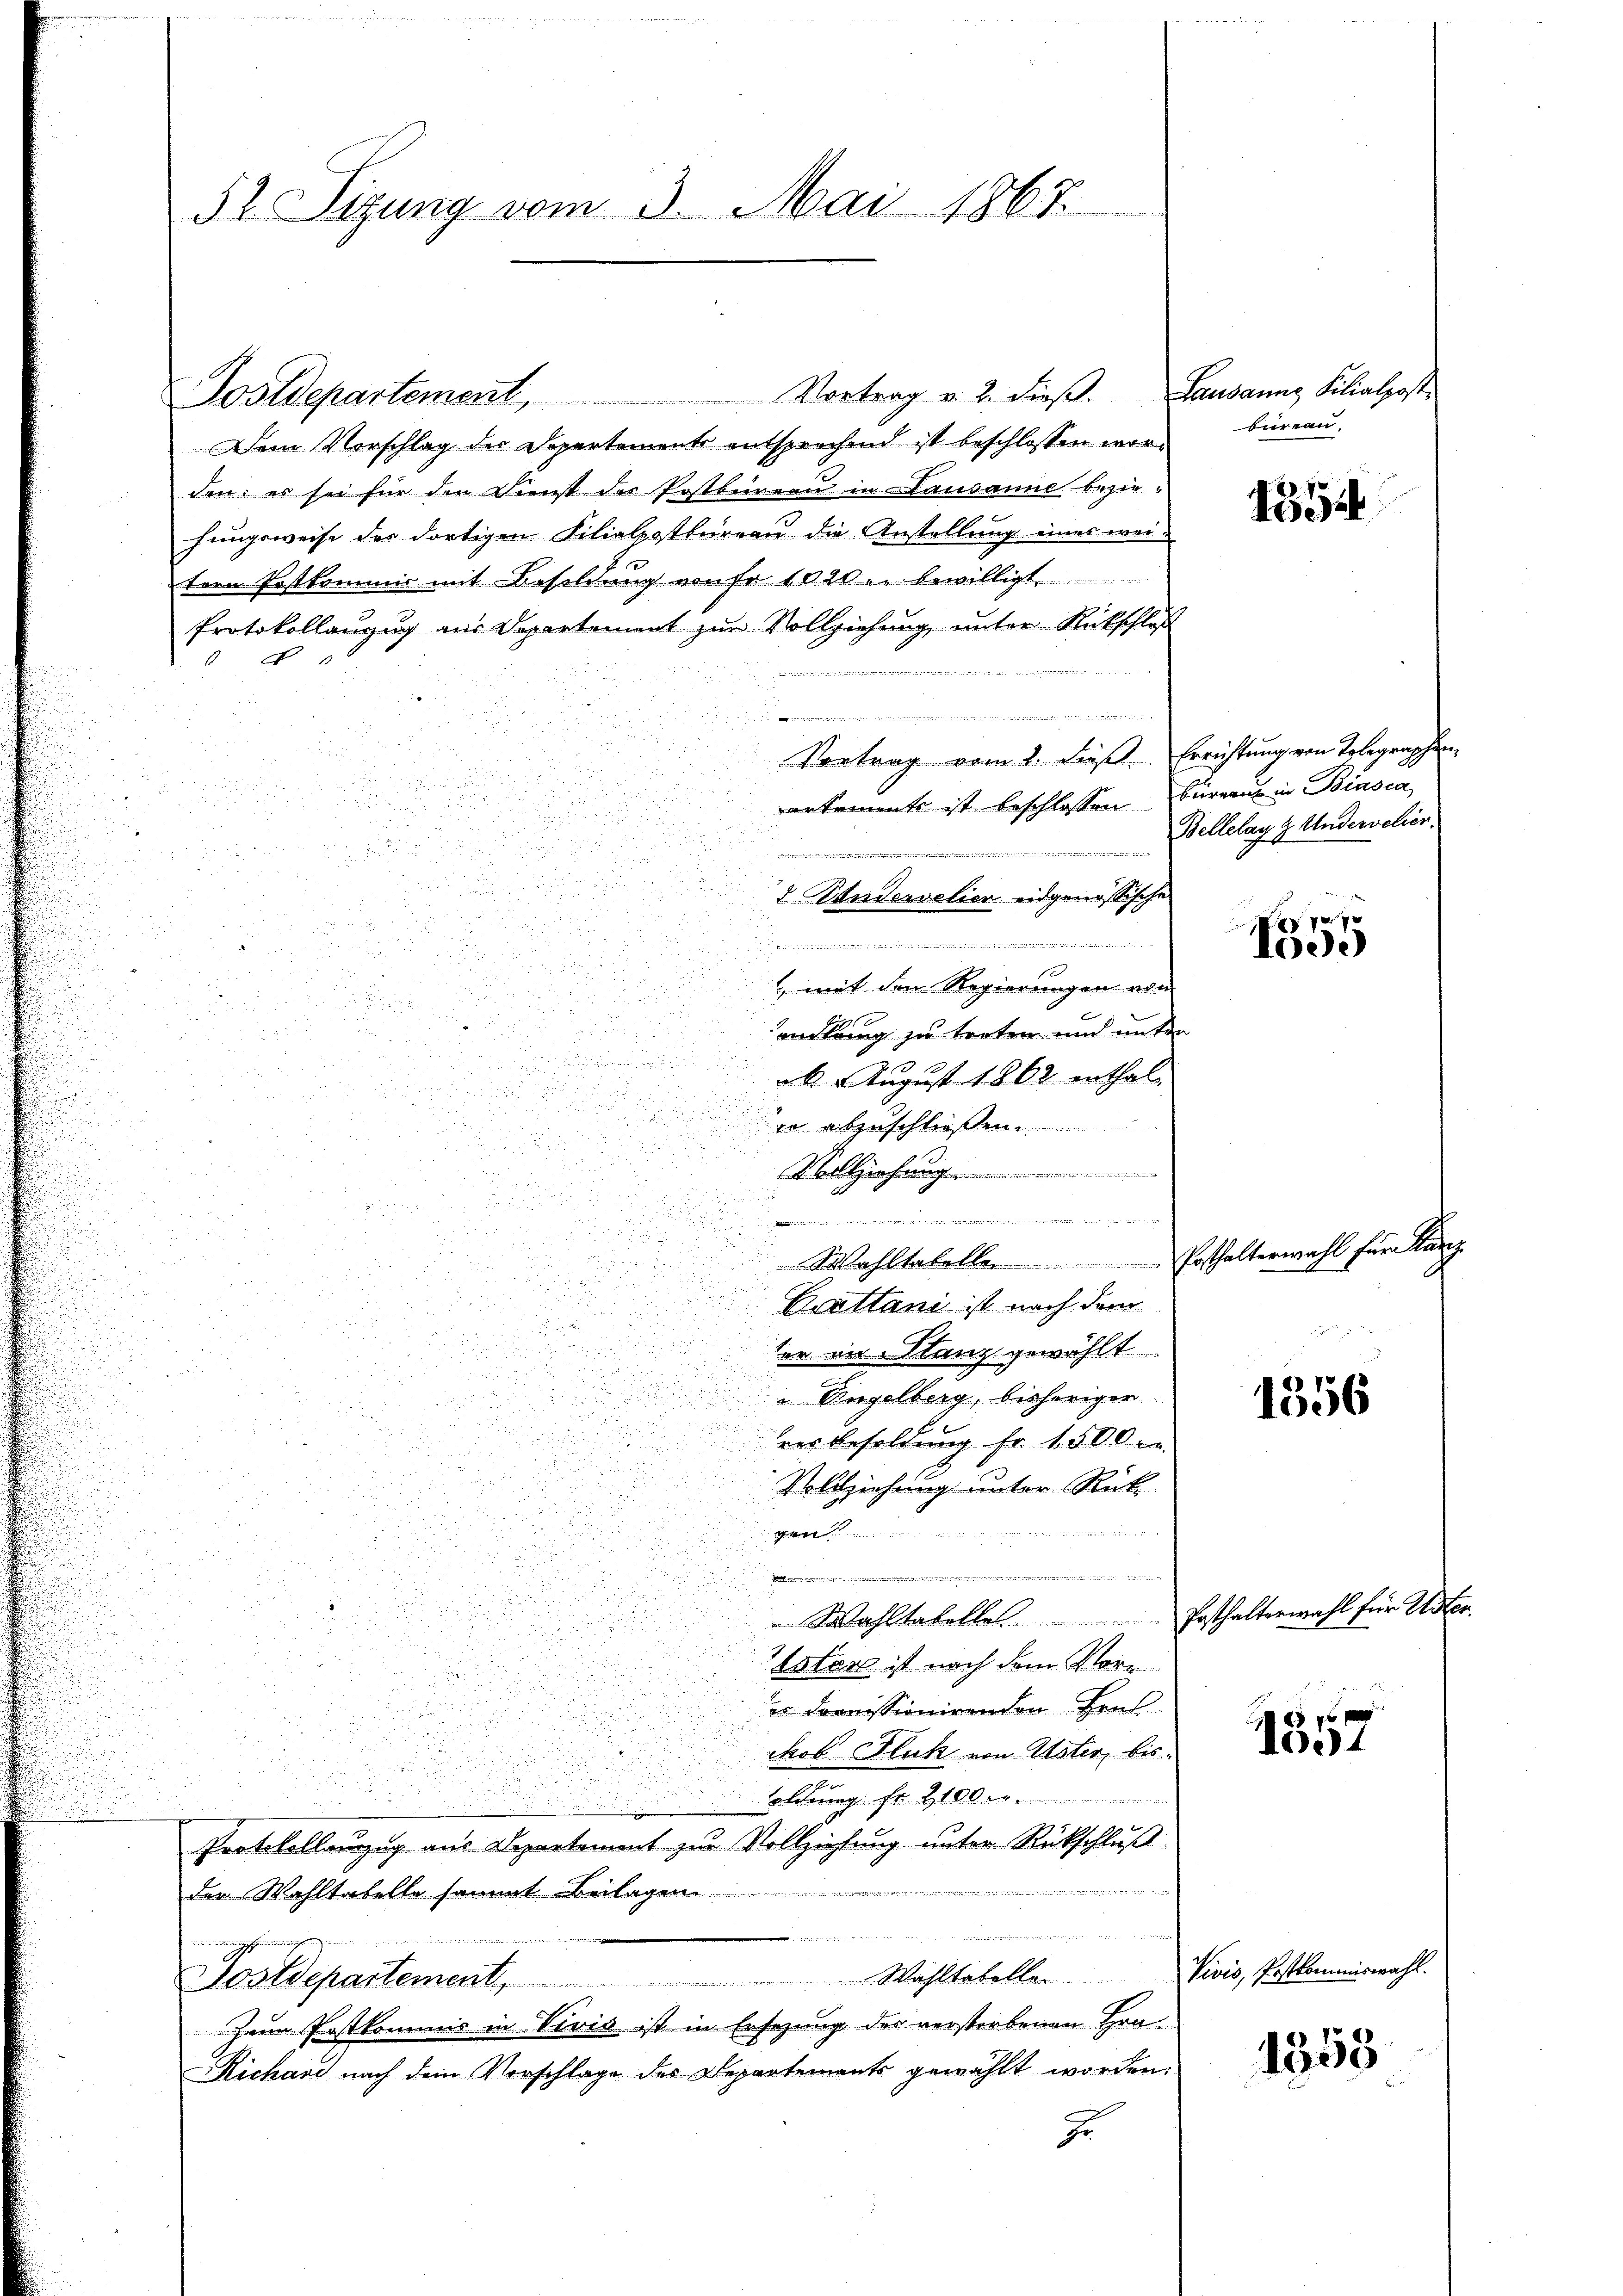
52 Sizung vom 3. Mai 1867.

Postdepartement, Vortrag u. 2. dieβ.
Dem Vorschlag des Departements entsprechend ist beschlossen worden: es sei für den Dienst der Postbürern in Lausanne beziehungsweise des dortigen Filialpostbüreau die Anstellung eines weitern Festkommis mit Besoldung von Fr. 1020 u. bewilligt.
Protokollanzug aus Departement zur Vollziehung unter Rückschloß
d
e

Vortrag vom 1. Fees. Errichtung von Telegraphen-
a
i
.
artemente ist beschlossen Büreau in Biasca,

ori

2 Wandervelien eidgenössische
5
.

.
iinen einen einen in eint, in d

 mit den Regierungen vom
.

i

2
u
mitung zu treten und unter

ab. August 1862 enthal.

ee abzuschließen.
u

22
Vollziehung ............

 einen andern in de

Wohltabelle Posthalterwahl für Kanz
 Fr.

Brattani ist nach dem
i

ter in Stanz gewählt

 Angelberg, bisheriger

1356

rer Besoldung fr. 1500.

Vollziehung unter Rück

2
i 154

.

dee des
i
i
Wahltabelle Posthalterwahl für Uster-
lster ist nach dem Vorr
u dommissionirenden Heus
75
ckob Fluck von Uster, bis
soldung Fr. 2100 er
Protokollanzig aus Departement zur Vollziehung unter Rückschluß
der Wahltatelle sammt
 in ein namen

die in eingeschen und eingen
Vivis, Postkommiswahl.
Postdepartement. Wahltabellen
Zum Postkommis in Vivis ist in Ersezung des verstorbenen Hrn.
1853
Richard nach dem Vorschlage des Departements gewählt worden.
.

Lausanng Filialpost
büreau

1354

Bellelay z. Undervelier.

77
Adee